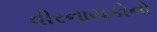
વીરનાયકોનો